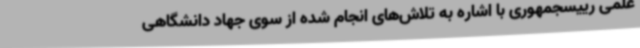
علمی رییسجمهوری با اشاره به تلاش‌های انجام شده از سوی جهاد دانشگاهی